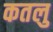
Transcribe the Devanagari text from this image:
कतलु